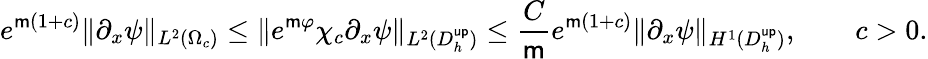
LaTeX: e^{\mathsf{m}(1+c)}\| \partial_{x}\psi\| _{L^{2}(\Omega_{c})}\leq\| e^{\mathsf{m}\varphi}\chi_{c}\partial_{x}\psi\| _{L^{2}(D_{h}^{\mathsf{up}})}\leq\frac{C}{\mathsf{m}}e^{\mathsf{m}(1+c)}\| \partial_{x}\psi\| _{H^{1}(D_{h}^{\mathsf{up}})},\qquad c>0.